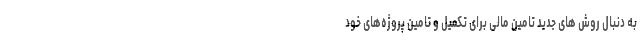
به دنبال روش های جدید تامین مالی برای تکمیل و تامین پروژه‌های خود